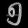
Digit: ၅